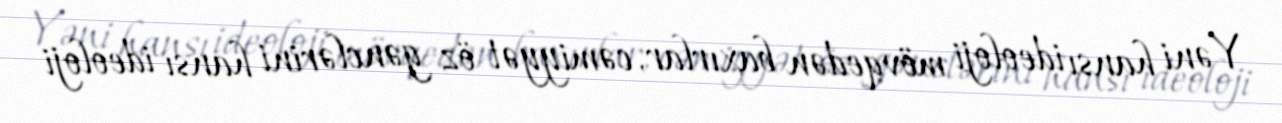
Yəni hansı ideoloji mövqedən baxırlar, cəmiyyət öz gənclərini hansı ideoloji